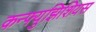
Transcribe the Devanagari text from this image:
कन्फ्युझिशियस